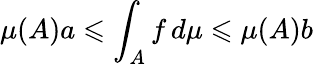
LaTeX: \mu(A)a\leqslant\int_{A}f\, d\mu\leqslant\mu(A)b